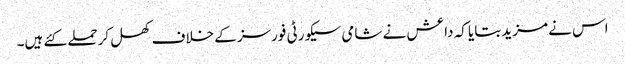
اس نے مزید بتایا کہ داعش نے شامی سیکورٹی فورسز کے خلاف کھل کر حملے کئے ہیں۔